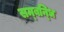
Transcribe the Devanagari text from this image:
सम्‍बन्‍धि